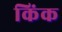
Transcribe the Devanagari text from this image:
किंक